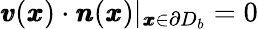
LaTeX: {\pmb v}({\pmb x})\cdot{\pmb n}({\pmb x})|_{{\pmb x}\in\partial D_{b}}=0